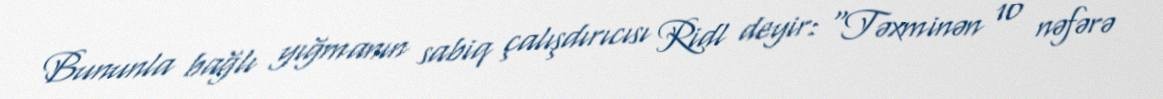
Bununla bağlı yığmanın sabiq çalışdırıcısı Ridl deyir: "Təxminən 10 nəfərə